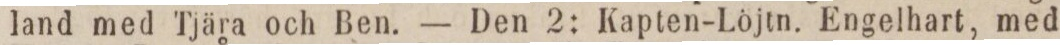
land med Tjära och Ben. — Den 2: Kapten-Löjtn. Engelhart, med